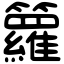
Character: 籮